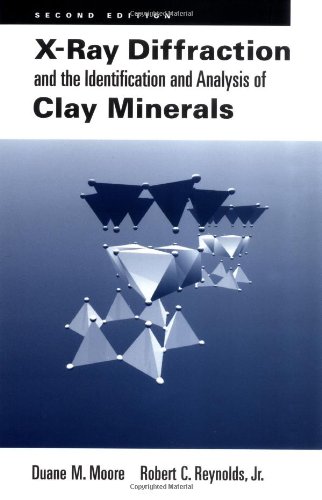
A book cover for X-Ray Diffraction and the Identification and Analysis of Clay Minerals; Duane M. Moore; Science & Math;